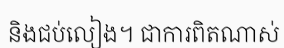
និងជប់លៀង។ ជាការពិតណាស់